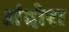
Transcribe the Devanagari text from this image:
अंदोरा